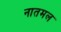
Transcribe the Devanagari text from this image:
नातमल